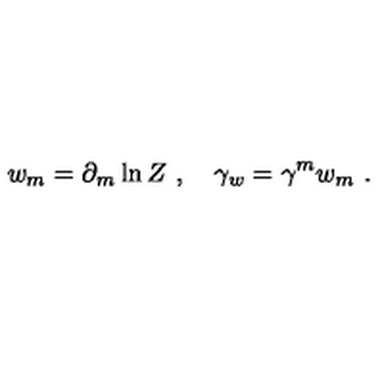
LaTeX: w _ { m } = \partial _ { m } \ln Z \ , \quad \gamma _ { w } = \gamma ^ { m } w _ { m } \ .